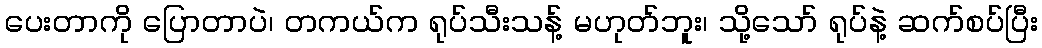
ပေးတာကို ပြောတာပဲ၊ တကယ်က ရုပ်သီးသန့် မဟုတ်ဘူး၊ သို့သော် ရုပ်နဲ့ ဆက်စပ်ပြီး